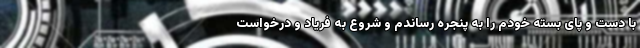
با دست و پای بسته خودم را به پنجره رساندم و شروع به فریاد و درخواست